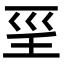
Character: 𡿱